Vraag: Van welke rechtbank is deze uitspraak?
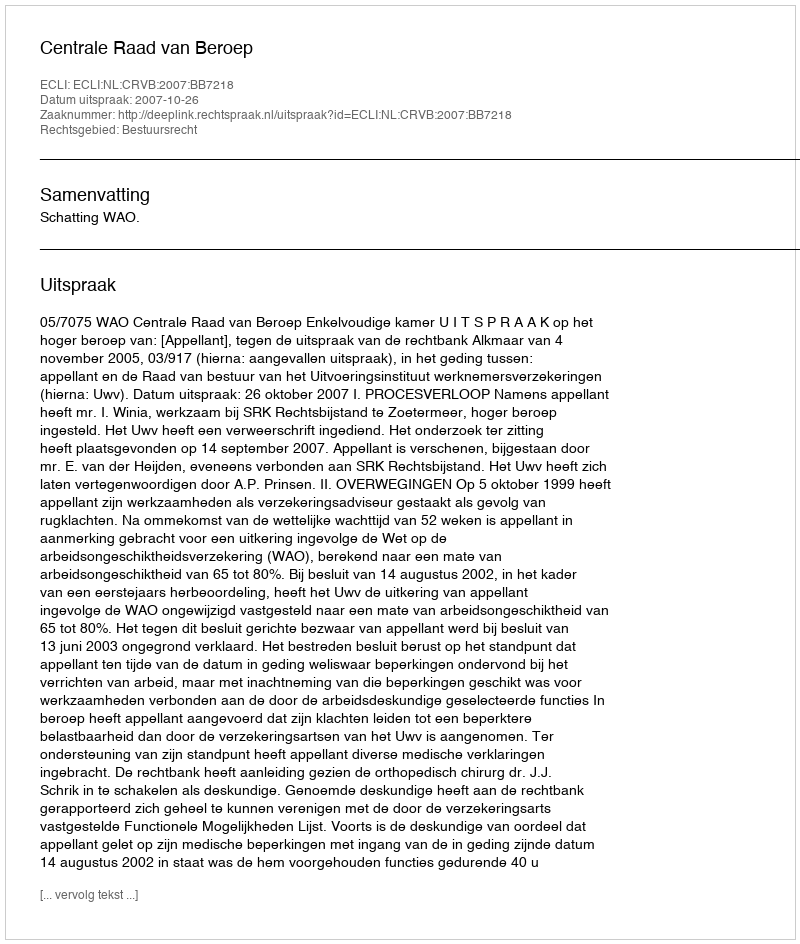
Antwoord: Centrale Raad van Beroep